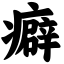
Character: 癖